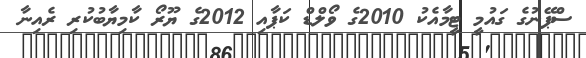
ސްޕޭނުގެ ގައުމީ ޓީމާއެކު 2010ގެ ވޯލްޑް ކަޕާއި 2012ގެ ޔޫރޯ ކާމިޔާބުކުރި ރެއިނާ